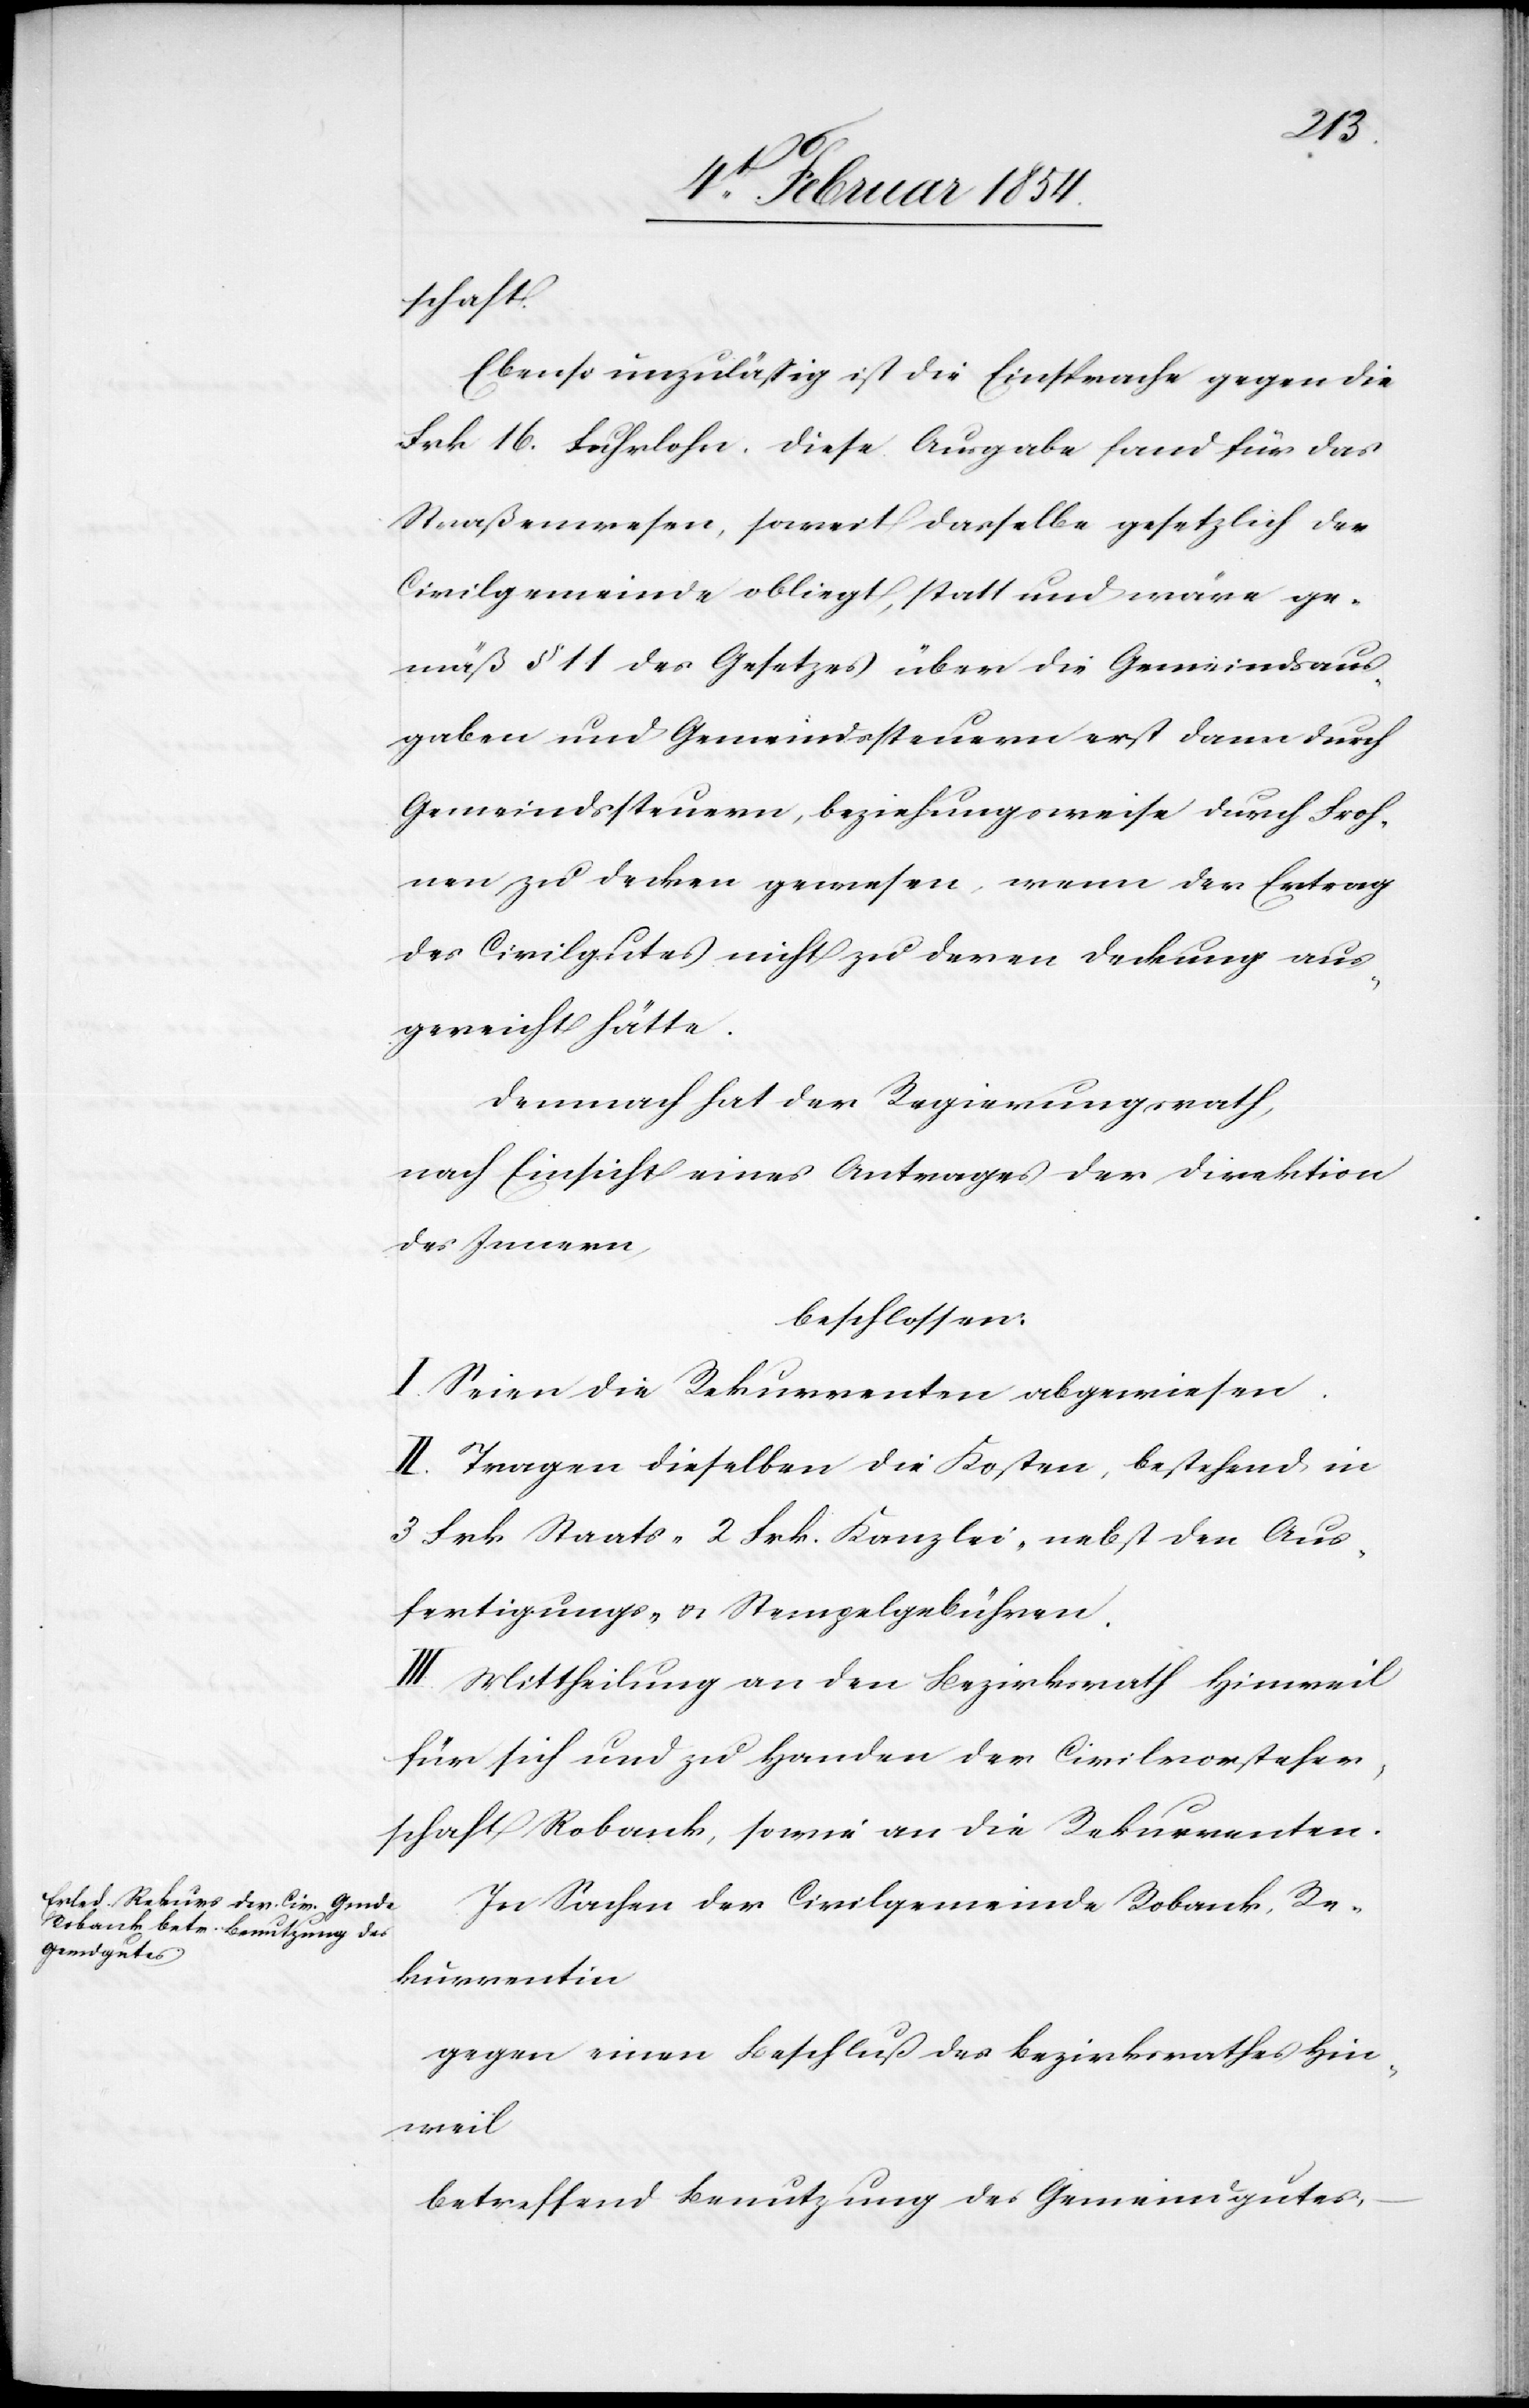
schaft.
Ebenso unzuläßig ist die Einsprache gegen die
Frk 16. Fuhrlohn. Diese Ausgabe fand für das
Straßenwesen, soweit dasselbe gesetzlich der
Civilgemeinde obliegt, statt und wäre ge¬
mäß § 11 des Gesetzes über die Gemeindsaus¬
gaben und Gemeindssteuern erst dann durch
Gemeindssteuern, beziehungsweise durch Froh¬
nen zu decken gewesen, wenn der Ertrag
des Civilgutes nicht zu deren Deckung aus¬
gereicht hätte.
Demnach hat der Regierungsrath,
nach Einsicht eines Antrages der Direktion
des Innern,
beschlossen:
I. Seien die Rekurrenten abgewiesen.
II. Tragen dieselben die Kosten, bestehend in
3 Frk. Staat-[,] 2 Frk. Kanzlei-[,] nebst den Aus¬
fertigungs- u. Stempelgebühren.
III. Mittheilung an den Bezirksrath Hinweil
für sich und zu Handen der Civilvorsteher¬
schaft Robank, sowie an die Rekurrenten.
In Sachen der Civilgemeinde Robank, Re¬
kurrentin
gegen einen Beschluß des Bezirksrathes Hin¬
weil
betreffend Benutzung des Gemeindgutes,